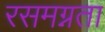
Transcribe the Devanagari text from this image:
रसमग्नता